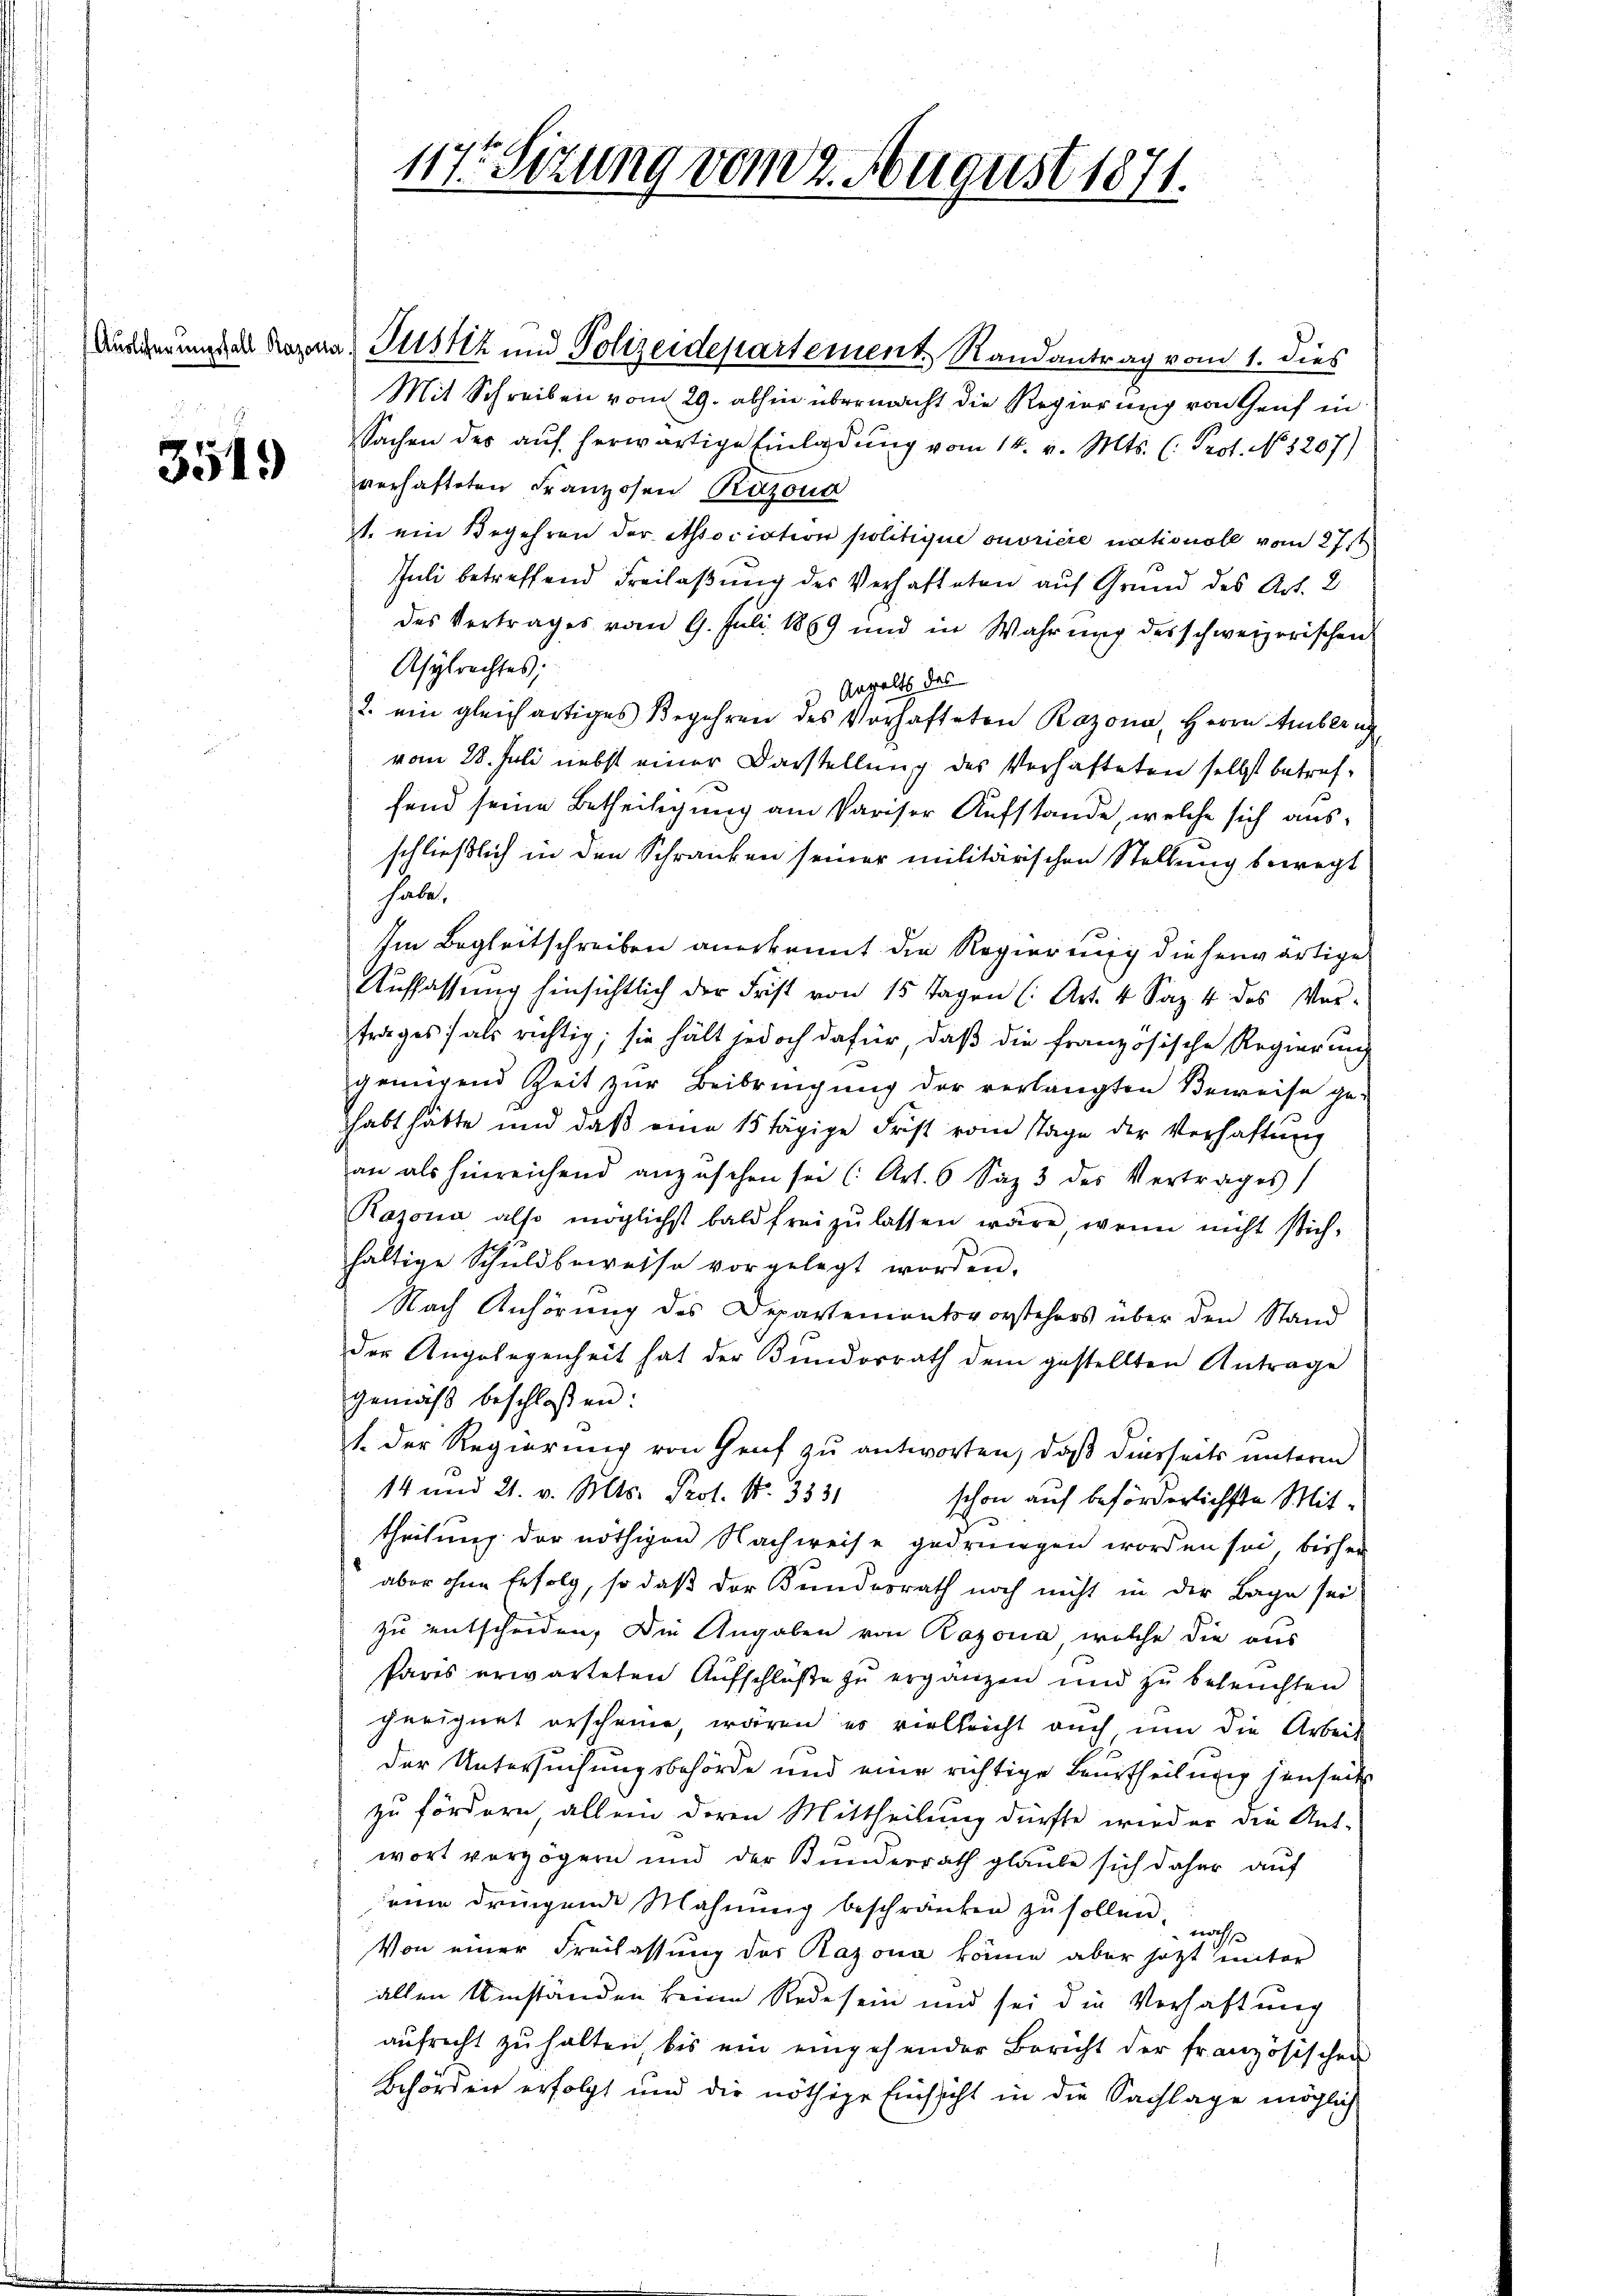
3549

Ausgerungsal Roza Justiz und Polizeidepartement Randantrag vom 1. dies
Mit Schreiben vom 29. abhin übermacht die Regierung von Genf in
Sachen des aŭf herwärtige Einladung vom 14. v. Mts. (: Prot. No 1207)
verhafteten Franzosen Razona
1. ein Begehren der Association politique ouvriere nationell vom 27st
Juli betreffend Freilaßung des Verhafteten auf Grund des Art. 2
des Vertrages vom 9. Juli 1869 und in Wahrung des schweizerischen
Asylrechtes:
Anwalts des
2. ein gleichartiges Begehren des Vorhafteten Rozona, Herrn Amberech
vom 28. Juli nebst einer Darstellung des Verhafteten selbst betreffend seine Betheiligung am Pariser Aufstande, welche sich ausschließlich in den Schranken seiner militärischen Stellung bewegt
habe.
Im Begleitschreiben anerkannt die Regierung dieserwärtige
Auffassŭng hinsichtlich der Frist von 15 Tagen (: Art. 4 Saz 4 des Vor-
trages) als richtig; sie hält jedoch dafür, daß die französische Regierung
genügend Zeit zŭr Beibringŭng der verlangten Beweise ge-
habt hätte und daß eine 15 tägige Frist vom Stage der Verhaftung
an als hinreichend anzŭsehen sei (Art. 6 Saz 3 des Vertrages
Razona also möglichst bald frei zŭ lassen wäre, wenn nicht stich-
haltige Schuldbeweise vorgelegt worden.
Nach Anhörung des Departementsvorstehers über den Stand
der Angelegenheit hat der Bundorrath dem gestellten Antrage
gemäß beschloßen:
1. Der Regierung von Genf zu antworten, daß dierseits unterm
14 und 21. v. Mts. Prof. N. 3531
schon auf beförderlichste Mittheilung der nöthigen Nachweise gedrungen worden sei, bisher
aber ohne Erfolg, so daß der Kundesrath noch nicht in der Lage sei
zu entscheiden, die Angaben von Bazona, welche die aus
Paris erwarteten Aufschlüße zu ergänzen und zu beleuchten
geeignet erscheine, wären es vielleicht auch um die Arbeit
der Untersuchungsbehörde und eine richtige Beurtheilung jenseite
zu fördern, allein deren Mittheilung dürfte wird er die Aus-
wort verzögern und der Bundesrath glaube sich daher auf
seine dringende Mahnung beschränken zu sollen.
nächs
Von einer Freilassung der Razona könne aber setzt unter
allen Umständen keine Rede sein und sei die Verhaftung
aŭfrecht zŭ halten, bis ein eingehender Bericht der französischen
Behörden erfolgt und die nöthige Einsicht in die Sachlage möglich

117. Sitzung vom 2. August 1871.